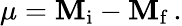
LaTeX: \mu=\mathbf{M}_{\mathrm{{i}}}-\mathbf{M}_{\mathrm{{f}}}\, .